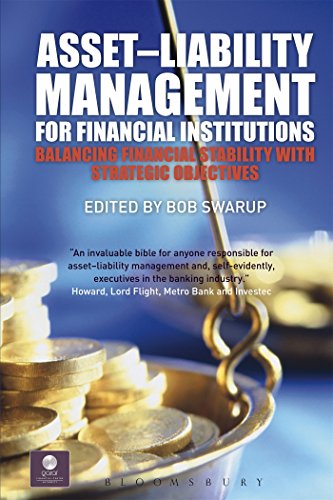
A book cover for Asset-Liability Management for Financial Institutions: Balancing Financial Stability with Strategic Objectives (QFINANCE: The Ultimate Resource); Business & Money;